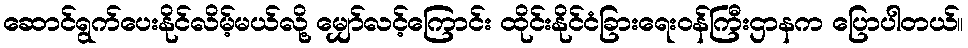
ဆောင်ရွက်ပေးနိုင်လိမ့်မယ်လို့ မျှော်လင့်ကြောင်း ထိုင်းနိုင်ငံခြားရေးဝန်ကြီးဌာနက ပြောပါတယ်။